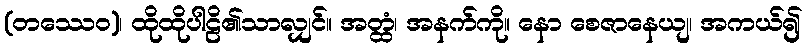
(တဿေဝ)၊ ထိုထိုပါဠိ၏သာလျှင်။ အတ္ထံ၊ အနက်ကို။ နော စေဇာနေယျ၊ အကယ်၍